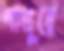
পাথুরে